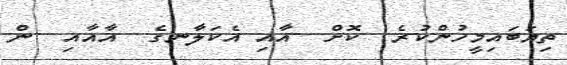
ތިޔަބައިމީހުންކުރެ  ކޮށް  އާއި އެކަލާނގެ  އާއާއި  ން